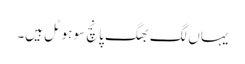
یہاں لگ بھگ پانچ سو ہوٹل ہیں۔